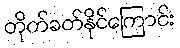
တိုက်ခတ်နိုင်ကြောင်း